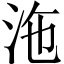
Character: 沲